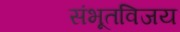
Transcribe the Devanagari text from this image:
संभूतविजय